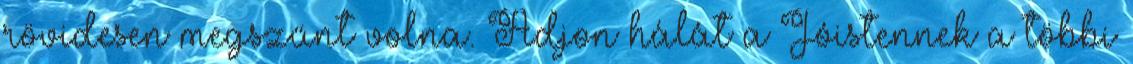
rövidesen megszűnt volna. Adjon hálát a Jóistennek a többi